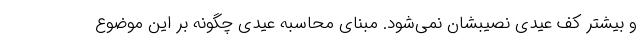
و بیشتر کف عیدی نصیبشان نمی‌شود. مبنای محاسبه عیدی چگونه بر این موضوع